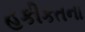
હકીકતના